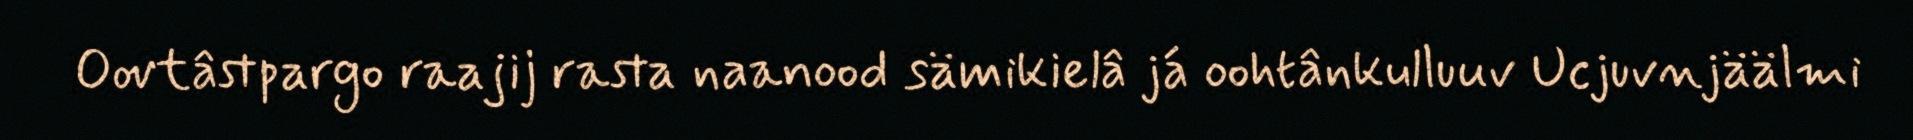
Oovtâstpargo raajij rasta naanood sämikielâ já oohtânkulluuv Ucjuvnjäälmi